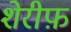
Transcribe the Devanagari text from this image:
शेरीफ़